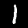
Digit: 1